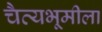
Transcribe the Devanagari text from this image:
चैत्यभूमीला